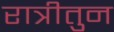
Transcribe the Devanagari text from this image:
रात्रीतुन